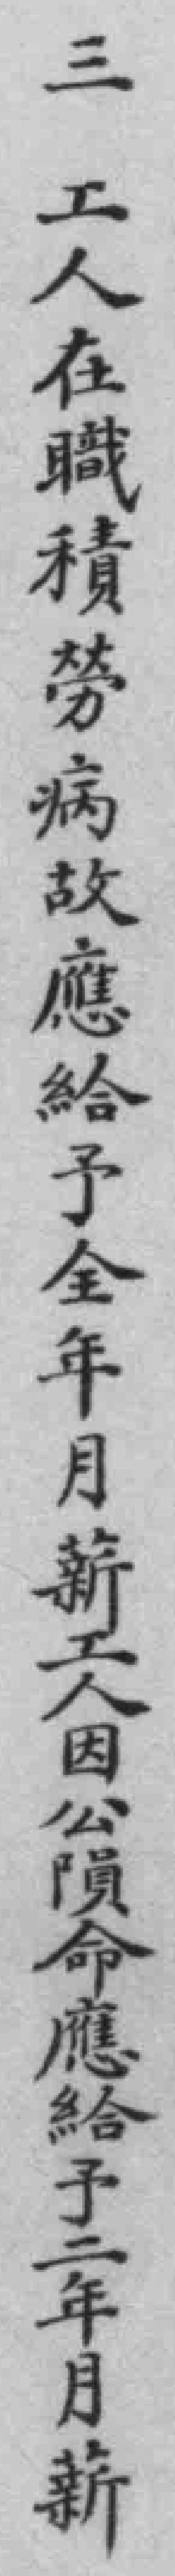
三工人在職積勞病故應給予全年月薪工人因公隕命應給予二年月薪